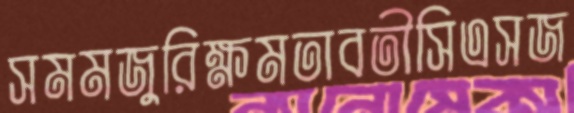
সমমজুরিক্ষমতাবতীসিএসজ